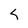
Character: s